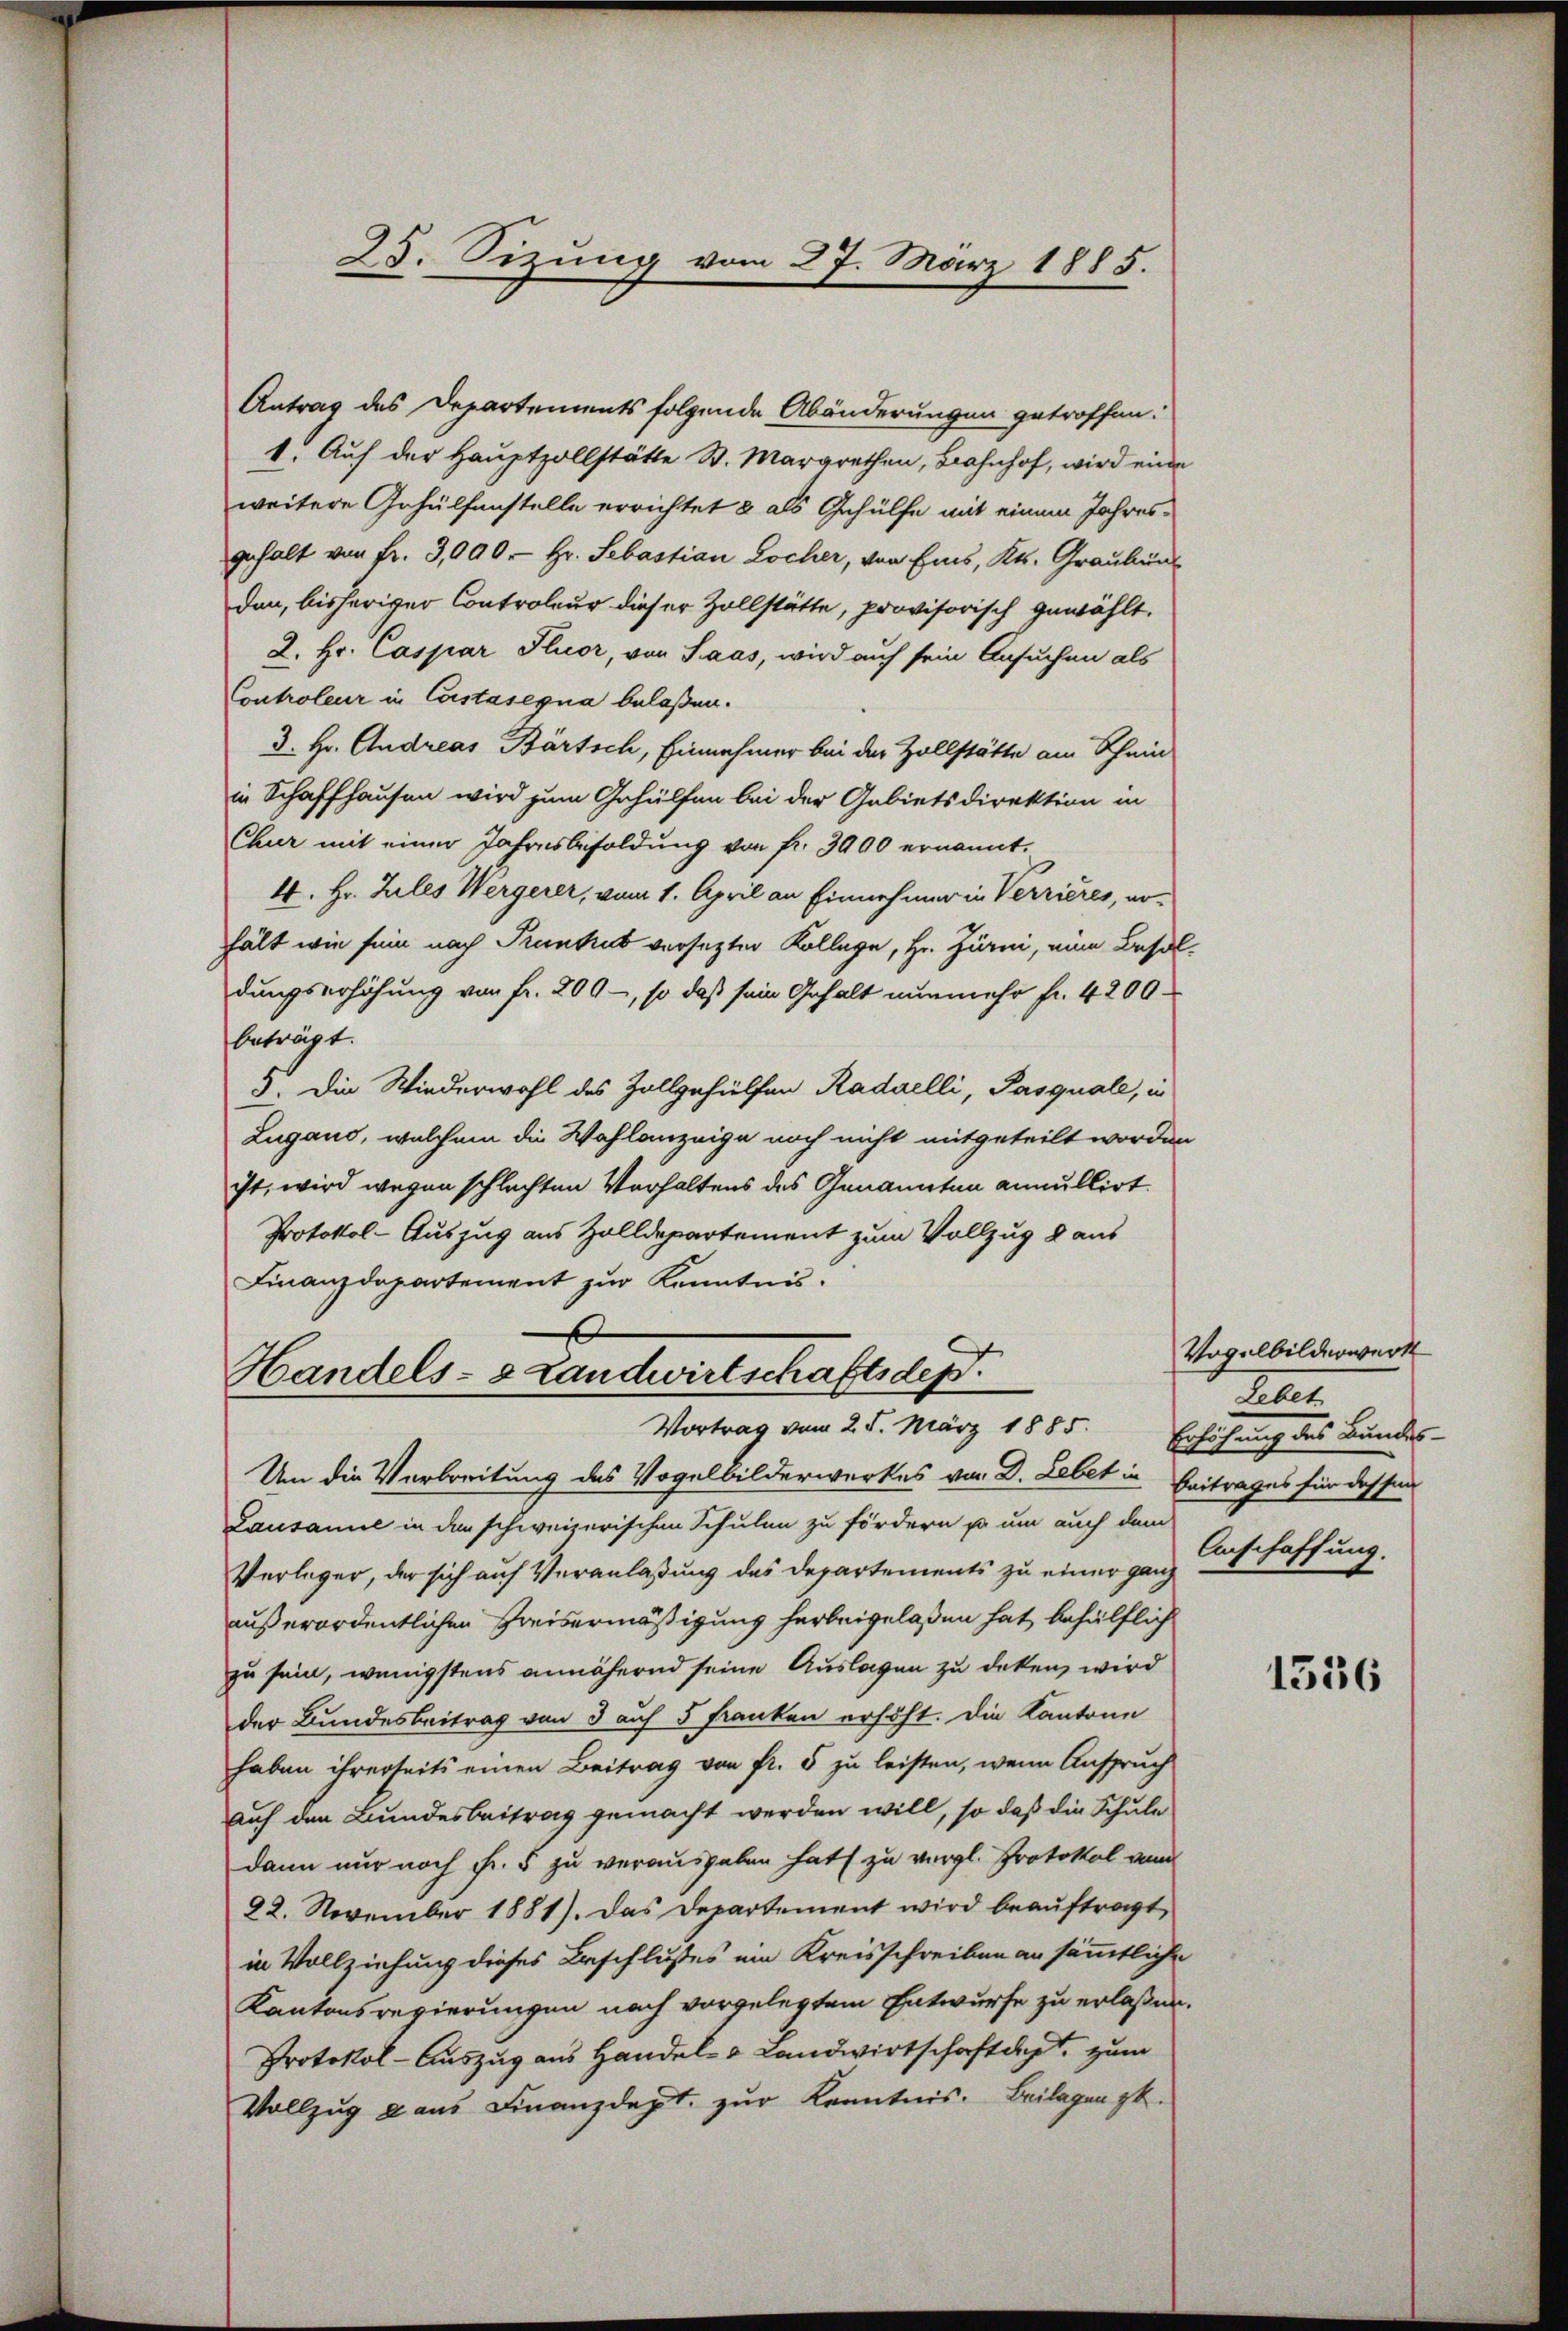
Antrag des Departements folgende Abänderungen getroffen.
1. Auf der Hauptzollstätte St. Margrethen, Bahnhof, wird eine
weitere Gehülfenstelle errichtet & als Gehülfe mit einem Jahresgehalt von Fr. 3,000. Hr. Sebastian Locher, von Eins, Kts. Graubün
den, bisheriger Controleur dieser Zollstätte, provisorisch gewählt.
2. Hr. Caspar Fluor, von Saas, wird auch sein Ansuchen als
Controleur in Castasegna belaßen.
3. Hr. Andreas Bartsch, Einnehmer bei der Zollstätte am Schein
in Schaffhausen wird zum Gehülfen bei der Gebietsdirektion in
Chur mit einer Jahresbesoldung von fr. 3900 ernannt.
4. Hr. Zules Wergerer, vom 1. April an Einnehmer in Verrieres, no-
hält wie sein nach Trunkel versetzter Kollege, Hr. Zurm, von Besoldungserhöhung von Fr. 200 -, so daß sein Gehalt nunmehr fr. 4200.
beträgt.
5. Die Wiederwohl des Zollgehülfen Radaelli, Pasquale, in
Zugano, welchem die Wahlanzeige noch nicht mitgeteilt worden
ist, wird wegen schlechten Verhaltens des Genannten annullirt.
Protokol-Auszug aus Zolldepartement zum Vollzug 8 aus
Finanzdepartement zur Kenntnis.

25. Sizung vom 27. März 1885.

Handels- & Landwirtschaftsdep
Vortrag vom 25. März 1885.

Um die Verbreitung des Vogelbilderwerkes von D. Lebet in
Lausanne in den schweizerischen Schulen zu fördern so um auch dem
Verleger, der sich auf Veranlaßung des Departements zu einer ganz
außerordentlichen Freisermäßigung herbeigelaßen hat, behülflich
zu sein, wenigstens annähernd seine Auslagen zu deken, wird
der Bundesbeitrag von 3 auf 5 Franken erhöht. Die Kantone
haben ihrerseits einen Beitrag von fr. 5 zu leisten, wenn Anspruch
auf den Bundesbeitrag gemacht werden will, so daß die Schule
dann nur noch Fr. 5 zu verausgaben hat zu vergl. Protokol vom
22. November 1881). Das Departement wird beauftragt,
in Vollziehung dieses Beschlusses ein Kreisschreiben an sämmtliche
Kantonsregierungen nach vorgelegtem Entwurfe zu erlaßen.
Protokol-Auszug aus Handel- & Landwirtschaft des zum
Vollzug aus Finanzdept. zur Kenntnis. Beilagen zu.

Vogelbilderwerk
Setet.
Erhöhung des Bundes-
Beitrages für dessen
Anschaffung.

1536